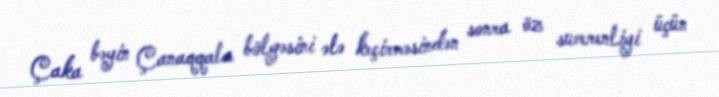
Çaka bəyin Çanaqqala bölgəsini ələ keçirməsindən sonra öz suverenliyi üçün